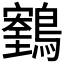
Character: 𪆕